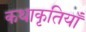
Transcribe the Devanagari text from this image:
कथाकृतियाँ